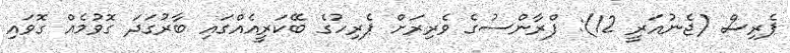
ޕެރިސް (ޖެނުއަރީ 12): ފްރާންސުގެ ވެރިރަށް ޕެރިހުގެ ބޭކަރީއެއްގައި ބާރުގަދަ ގޮވުމެއް ގޮވައި